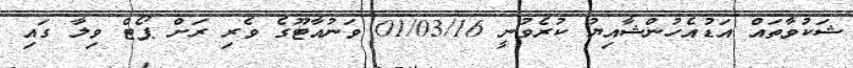
ޝަކުވާތައް އަޑުއެހުންޝާއިޔު ކުރެވުނީ 01/03/16 ވަނުއާޓޫގެ ވެރި ރަށް ޕޯޓް ވިލާ ގައި